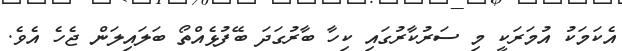
އެކަމަކު އުމަރަކީ މި ސަރުކާރުގައި ކިހާ ބާރުގަަދަ ބޭފުޅެއްތޯ ބަލައިލަން ޖެހެ އެވެ.